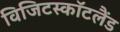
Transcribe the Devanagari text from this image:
विजिटस्कॉटलैंड